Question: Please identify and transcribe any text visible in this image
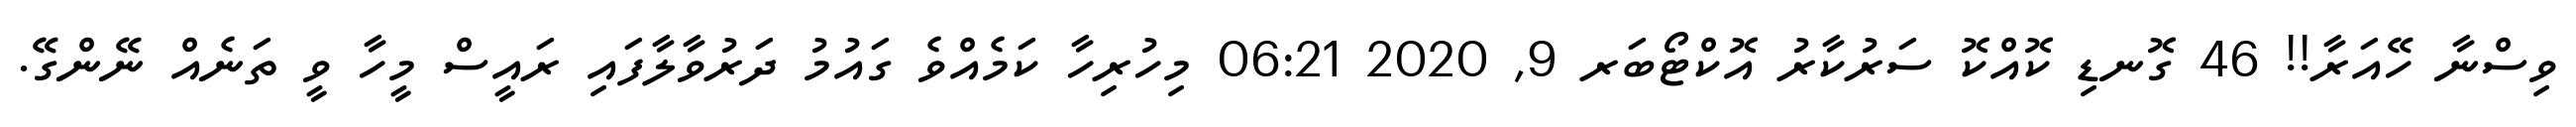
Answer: ވިސްނާ ހޭއަރާ!! 46 ގޮނޑި ކޮއްކޮ ސަރުކާރު އޮކްޓޯބަރ 9, 2020 06:21 މިހުރިހާ ކަމެއްވެ ގައުމު ދަރުވާލާފައި ރައީސް މީހާ ވީ ތަނެއް ނޭންގޭ.